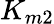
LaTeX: K_{m2}